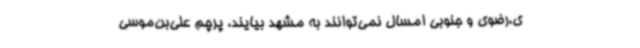
ی،رضوی و جنوبی امسال نمی‌توانند به مشهد بیایند، پرچم علی‌بن‌موسی‌